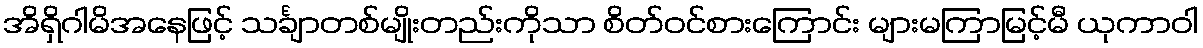
အိရှိဂါမိအနေဖြင့် သင်္ချာတစ်မျိုးတည်းကိုသာ စိတ်ဝင်စားကြောင်း များမကြာမြင့်မီ ယုကာဝါ